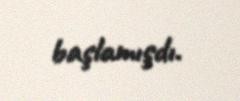
başlamışdı.